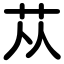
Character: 苁